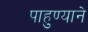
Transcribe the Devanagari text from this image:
पाहुण्याने